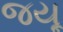
જયૂ